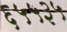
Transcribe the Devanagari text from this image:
६५५३५